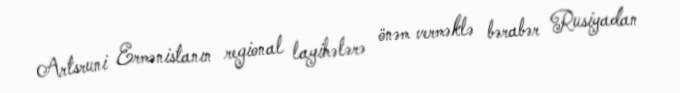
Artsruni Ermənistanın regional layihələrə önəm verməklə bərabər Rusiyadan